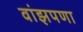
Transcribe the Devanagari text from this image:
वांझपणा